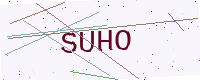
Text: SUHO